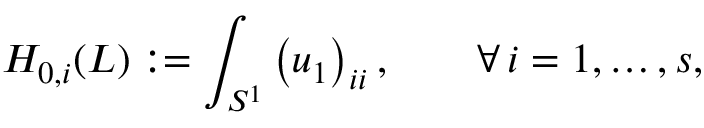
H _ { 0 , i } ( L ) : = \int _ { S ^ { 1 } } \left( u _ { 1 } \right) _ { i i } , \qquad \forall \, i = 1 , \ldots , s ,